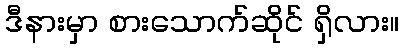
ဒီနားမှာ စားသောက်ဆိုင် ရှိလား။